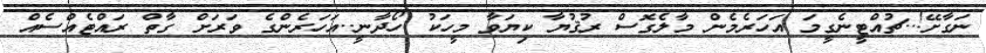
ނަގާށޭ!..ޗުއްޓީނެގީމަ އަހަރެމެން މާލެގޮސް ރުޤުޔާ ކިޔަވާ މީހަކު ހޯދާނީ..އަހަރެންގެ ވަރަށް ގާތް ރައްޓެއްސެއް